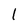
Character: l